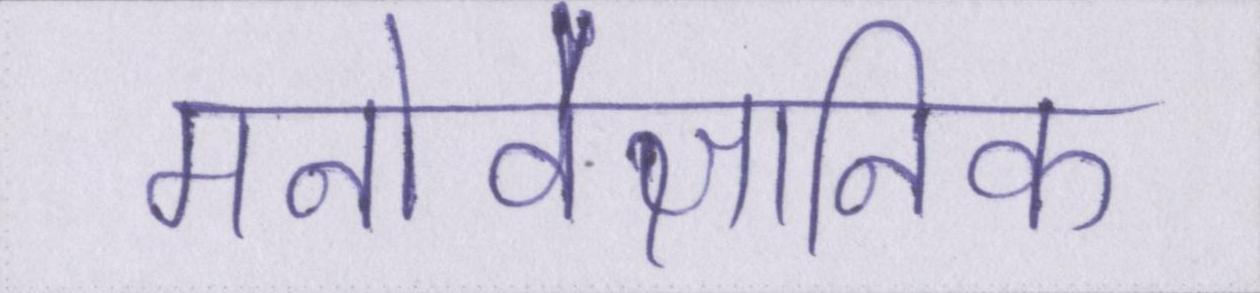
मनोवैज्ञानिक